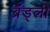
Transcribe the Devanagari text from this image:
ब्रॅड्ली